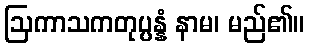
ဩကာသကတုပ္ပန္နံ နာမ၊ မည်၏။